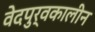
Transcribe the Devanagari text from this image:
वेदपुर्वकालीन